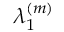
\lambda _ { 1 } ^ { ( m ) }